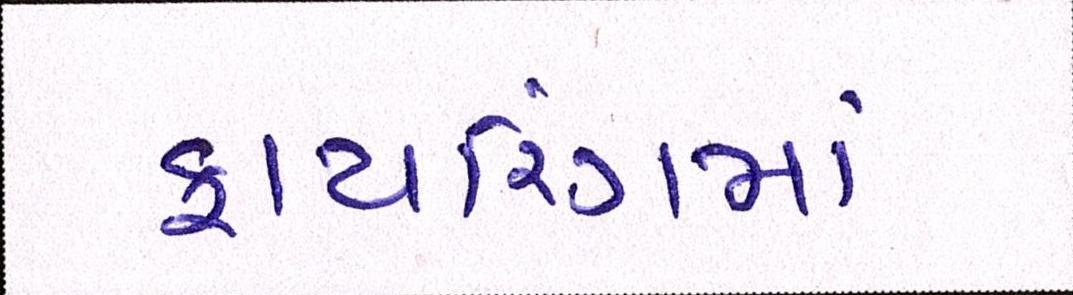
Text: ફાયરિંગમાં